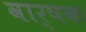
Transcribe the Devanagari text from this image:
वार्षक